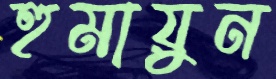
হুমায়ুন